Bréfritari: Sigríður Pálsdóttir
Viðtakandi: Páll Pálsson
Dagsetning: A-1871-02-21
Skrifað á: Breiðabólsstað  Rang.
Páll var bróðir Sigríðar

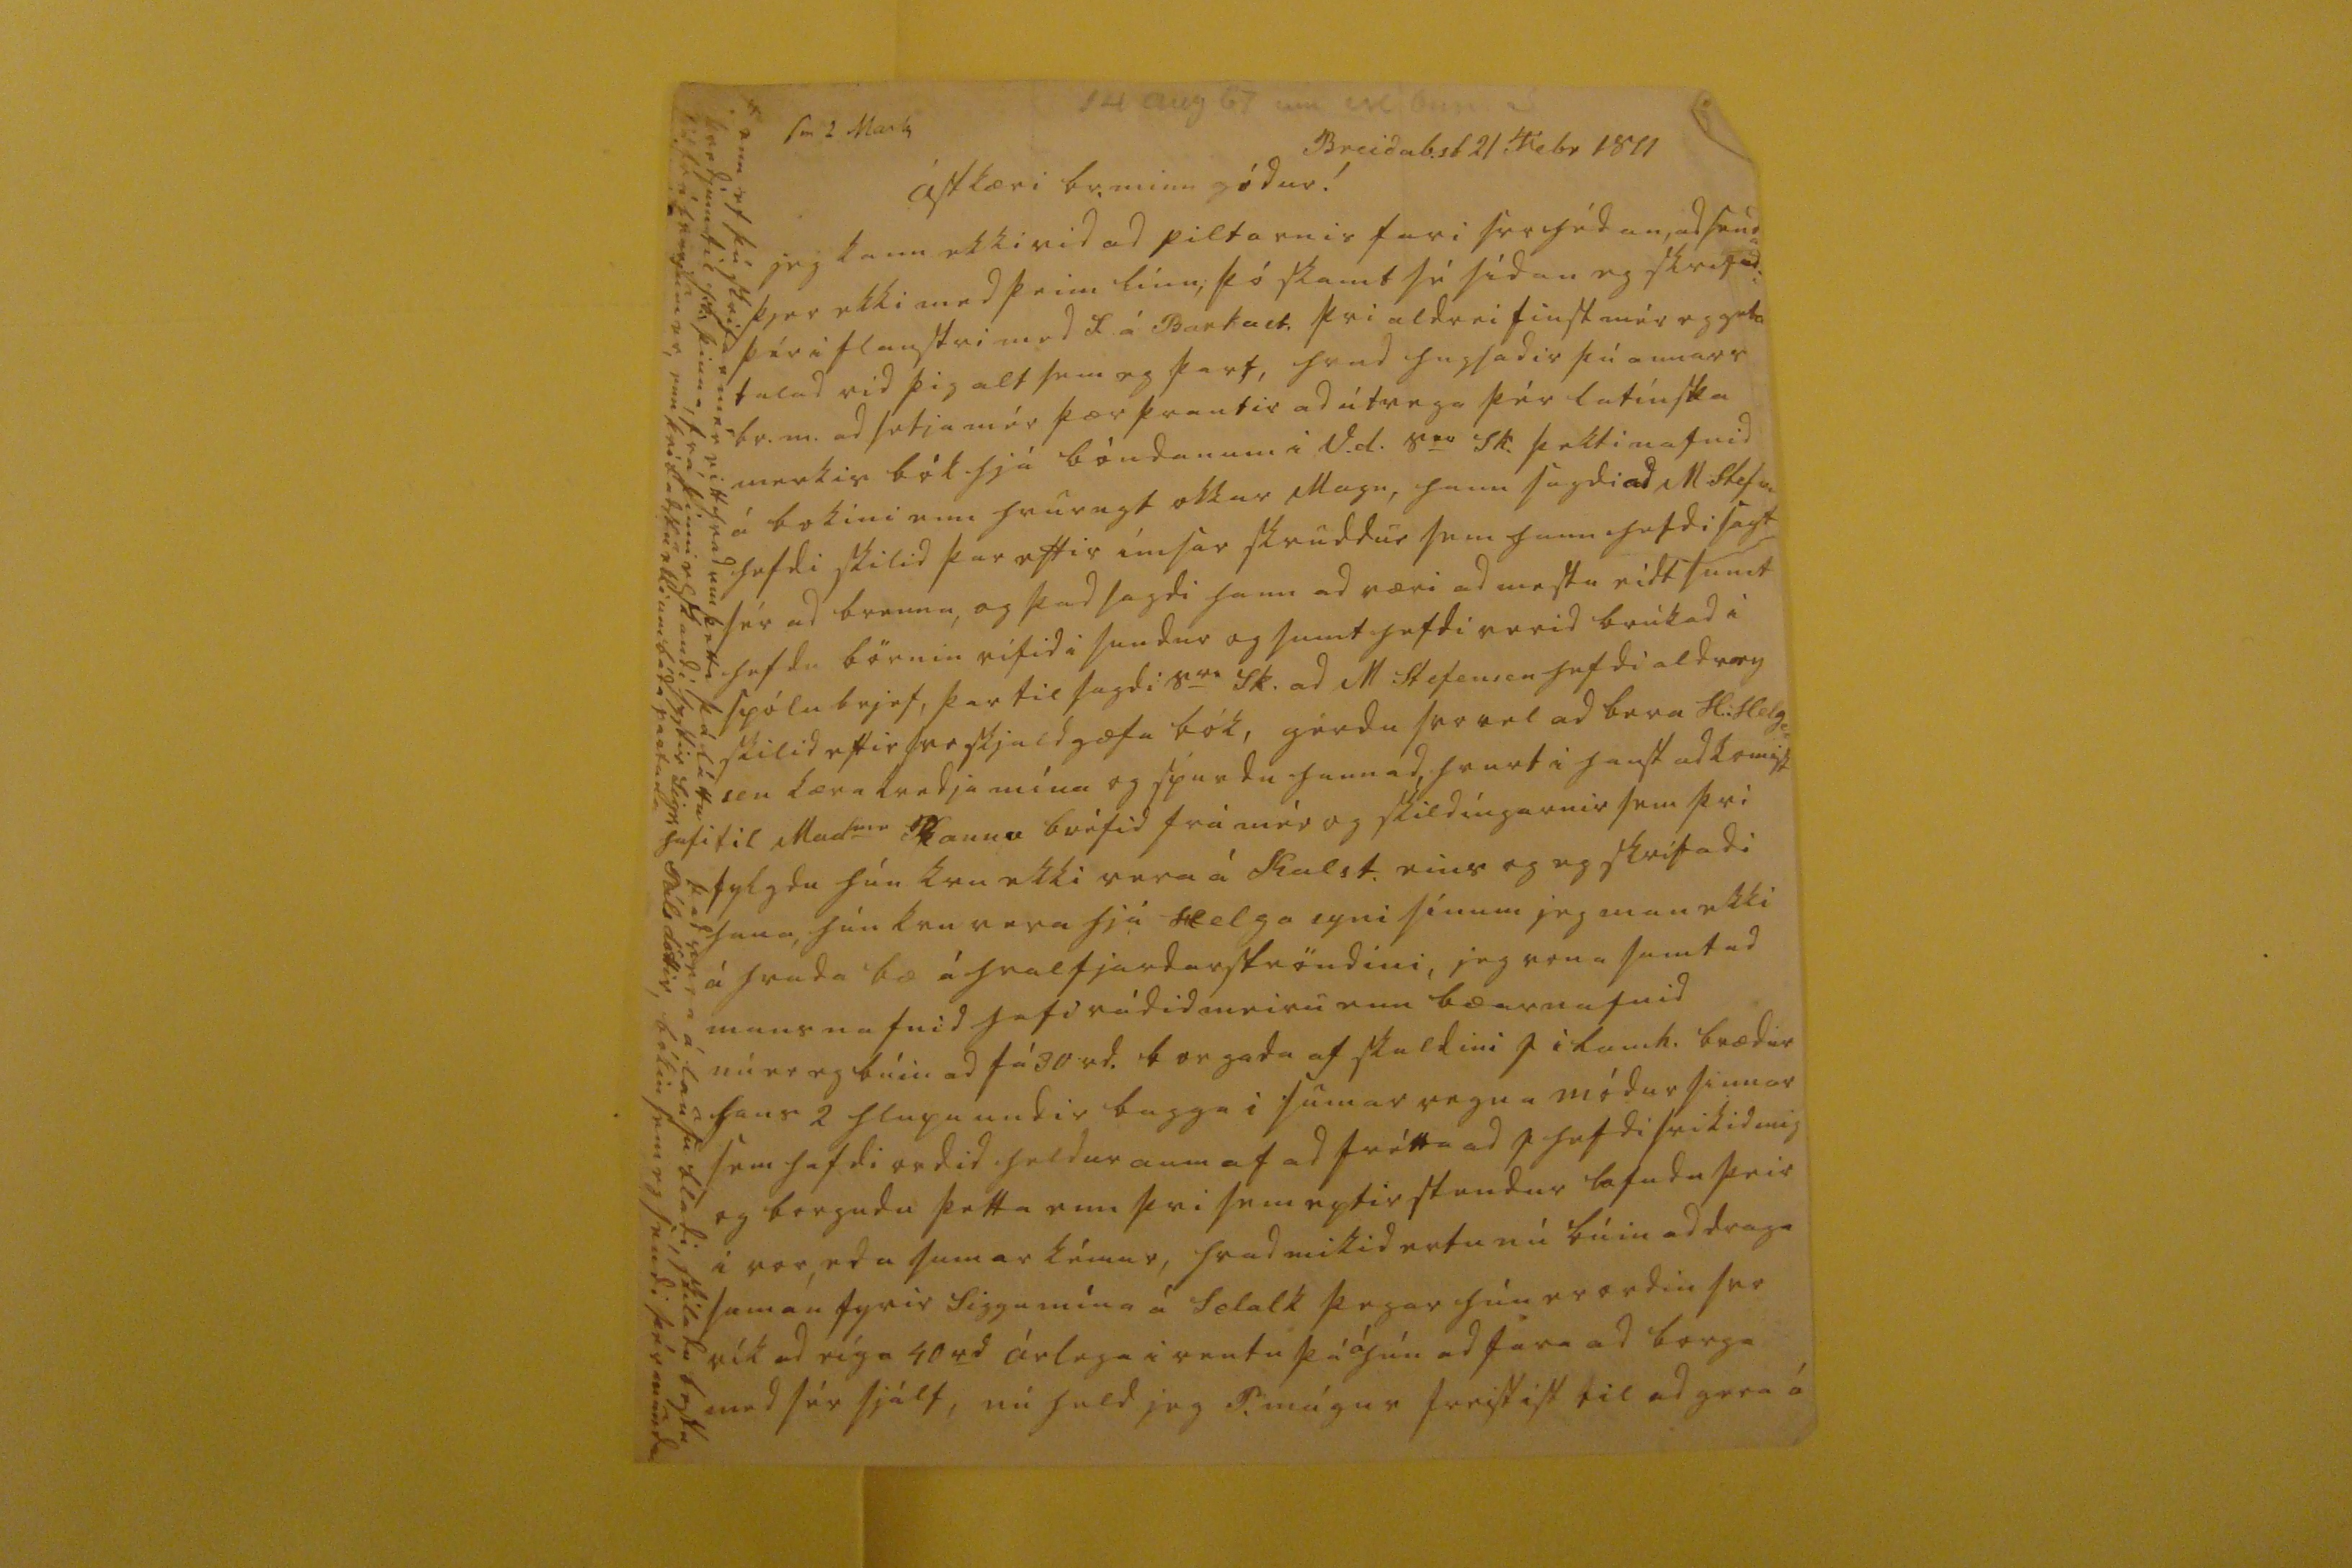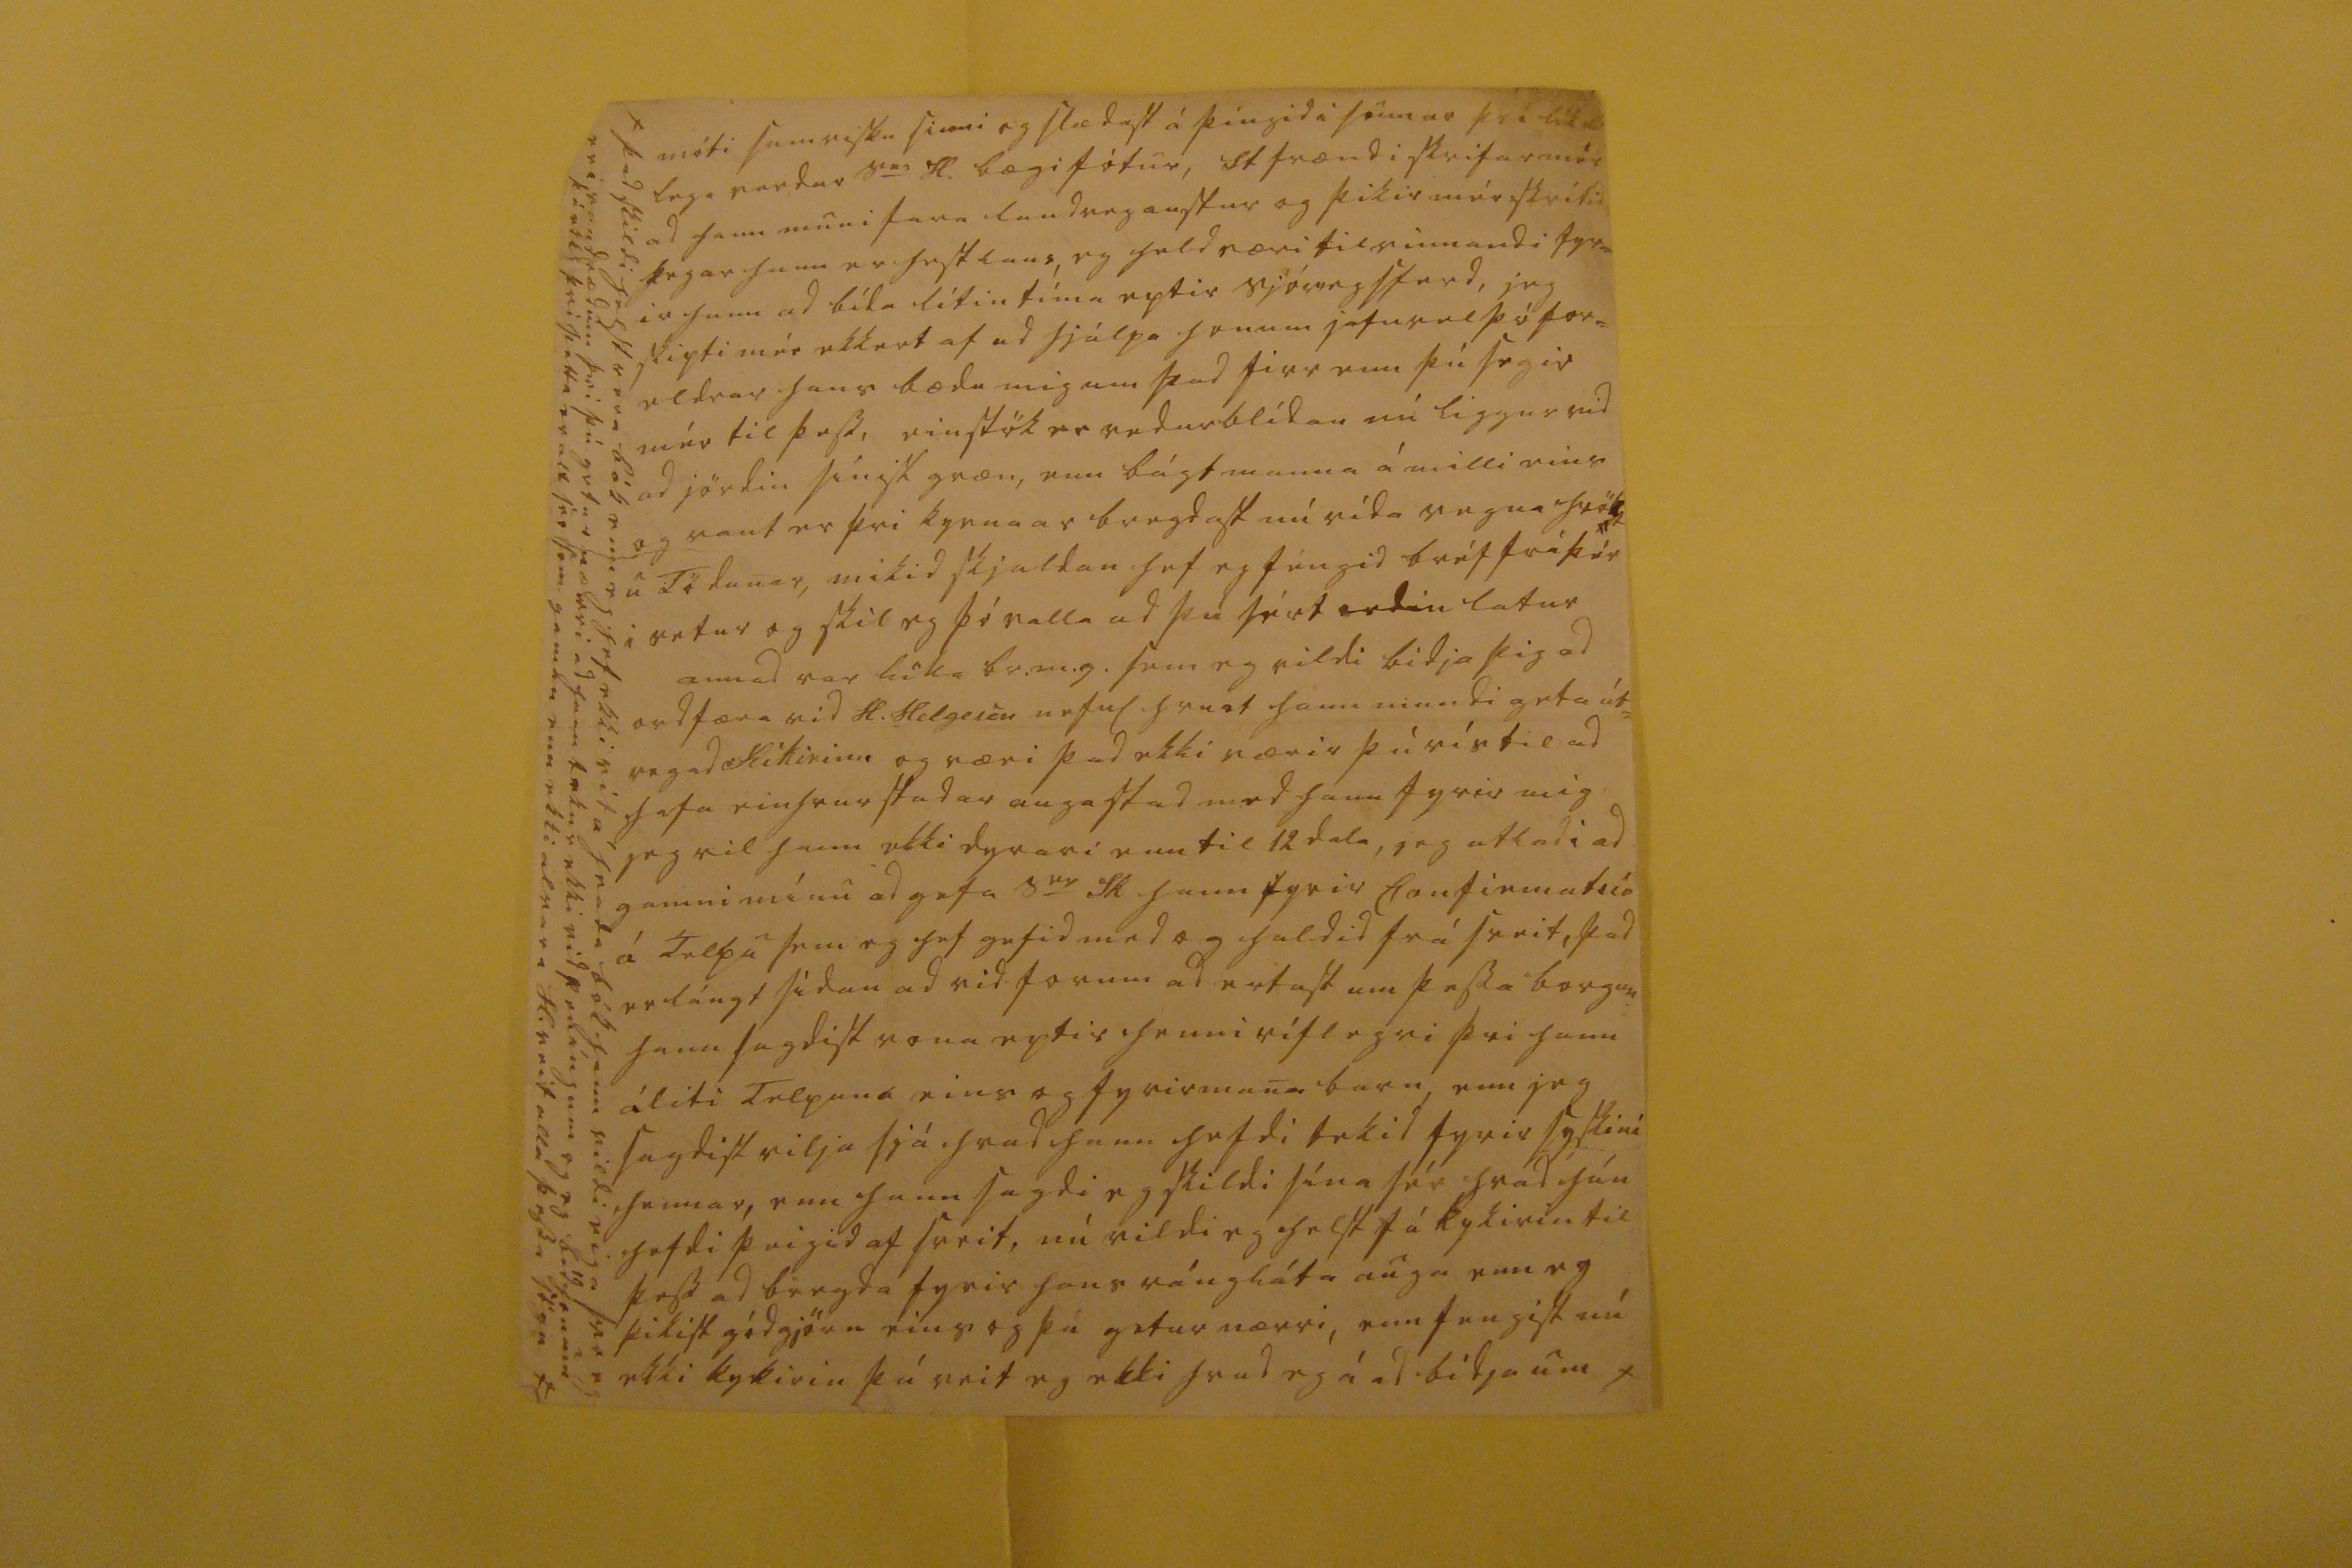

sv 2 Mars 14 aug 67 um 00 Bun S
Breidab.st 21 Febr 1871
ástkæri br. minn gódur!
jeg kann ekki vid ad piltarnir fari ser hédan, ad senda þjer ekki med þeim línu, þó skamt sé sídan eg skrifadi þér i flanstri med F á Barkast. þvi aldrei finst mér eg geta talad vid þig alt sem eg þarf, hvad hugsadir þú annars br.m. ad segja mér þær þrautir ad útvega þér latínska merkis bók hjá bóndanum i V.d. S
er
Sk. þekti nafnid á bokini enn hvurugt okkar Magn, hann sagdi ad M Stef
00
hefdi skilid þar eftir ímsar skruddur sem hann hefdi sagt sér ad brenna, og þad sagdi hann ad væri ad mestu eidt sumt hefdu börnin rifid i sundur og sumt hefdi verid brúkad i spólu brjef, þar til sagdi S
er
Sk. ad M Stefensen hefdi aldrey skilid eftir svo skjaldgæfa bók, gérdu svo vel ad bera H: helga= son kæra kvedju mína og spurdu hann ad hvurt i haust ad komist hafi til Mad
me
Rannv bréfid frá mér og skildíngarnir sem þvi fylgdu hún kvu ekki vera á Kalst. eins og eg skrifadi hana, hún kvu vera hjá Helga syni sínum jeg man ekki á hvada bæ á hvalfjardarströndini, jeg vona samt ad mans nafnid hafi rádid meiru enn bæarnafnid nú er eg búin ad fá 30 rd. borgada af skuldini J i Lamh. brædur hans 2 hlupu undir bagga i sumar vegna módur sinnar sem hefdi ordid heldur aum af ad frétta ad J hefdi svikid mig og borgudu þetta enn þvi sem eptir stendur lofudu þeir i vor, eda sumar kémur, hvad mikid ertu nú búin ad draga saman fyrir Siggu mína á Selalk þegar hún er ordin svo rík ad eíga 40
rd
árlega i rentu þá
á
hún ad fara ad borga med sér sjálf, nú held jeg P. mágur freistist til ad gera á
enn ef þú skrifar mér eitthvad um þetta þá láttu þad vera á lausu bladi, skiladu bestu kvedjum til h:b: þinna, frá þinni elskandi systir Sigr. Pálsdóttir, bókin sem eg sendi þér mundu sjá frá hvurjum er, enn þvi badstu ekki um báda partana
móti samvisku sinni og slædist á þíngid i sumar þvi lík
0
lega verdur S
er
H. bægi fótur, St frændi skrifar mér ad hann muni fara landvega austur og þikir mér skrifid þegar hann er hestlaus, eg held væri tilvinnandi fyr= ir hann ad bída lítin tíma eptir sjóvegsferd, jeg skipti mér ekkert af ad hjálpa honum jafnvel þó for= eldrar hans bædu mig um þad firr enn þú segir mér til þess, einstök er vedurblídan nú liggur vid ad jördin sínist græn, enn bágt manna á milli eins og vant er þvi kyrnaar bregdast nú vída vegna hrökt= u Tödunar, mikid skjaldan hef eg féngid bréf frá þér vetur og skil eg þó valla ad þú sért ordin latur annad var líka br.m.g. sem eg vildi bidja þig ad ordfæra vid H. Helgason nefnl hvurt hann minndi geta út= vegad Kíkirinn og væri þad ekki værir þú vís til ad hafa einhvur stadar augastad med hann fyrir mig jeg vil hann ekki dyrari enn til 12 dala, jef atladi ad gamni mínu ad gefa S
er
Sk hann fyrir Confirmatsio á Telpu sem eg hef gefid med og haldid frá sveit, þad er lángt sídan ad vic forum ad ertast um þessa borgun hann sagdist vona eptir henni ríflegri því hann áliti Telpuna eins og fyrirmana barn, enn jeg sagdist vilja sjá, hvad hann hefdi tekid fyrir syskini hennar, enn hann sagdi eg skildi sína sér hvad hún hefdi þeigid af sveit, nú vildi eg helst fá kykirin til þess ad bregda fyrir hans rángláta auga enn eg þikist gódgjörn eins og þú getur nærri, enn fengist nú ekki kykirin þá veit eg ekki hvad eg á ad bidja um x
x þad skildi helst vera bók enn eg hef ekki vit á hvada bók hann vildi eiga svo eg er i vandrædum þvi þú getur nærri ad hann tekur ekki vid peníngum og eg bíd honum þá ekki þvi þetta er alt svo sem gaman enn ekki alvara H. veit alla þessa sögu